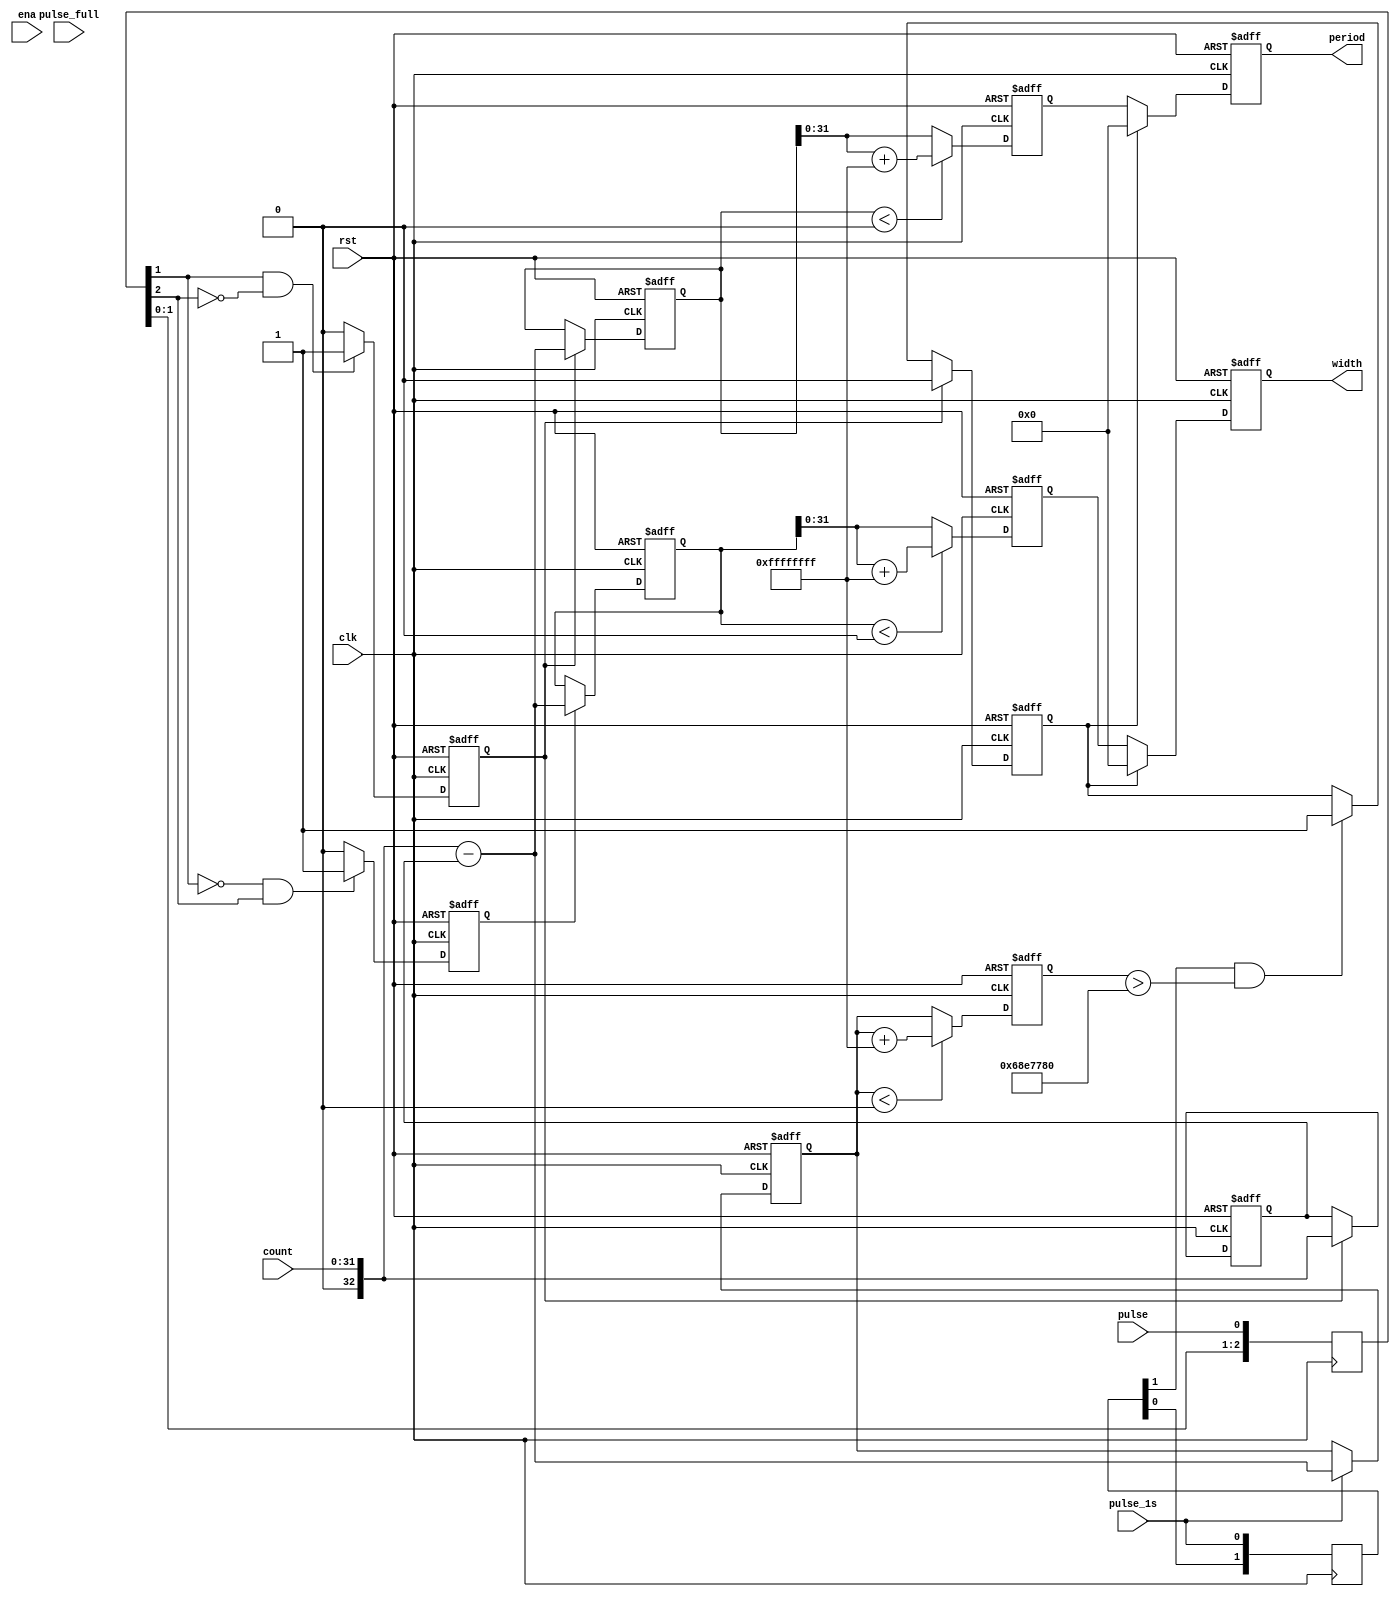
//--------------------------------------------------------------------------------------------------
//
// Title		: pulse_measure
// Design		: sig_acq
// Company		: xkf
// Description	: Measure the period and width of a pulse signal 
//
//-------------------------------------------------------------------------------------------------


module pulse_measure(
	clk,
	rst,
	ena,
	pulse_1s,
	
	pulse,
	
	count,
	pulse_full,
	
	period,
	width
	);
	
parameter SIZE_1S = 27'd110000000;
	
	
input clk;
input rst;
input ena;
input pulse_1s;

input pulse;

input [31:0] count;
input pulse_full;

output reg [31:0] period;
output reg [31:0] width;


reg [3:0] pulse_r;
reg edge_l2h;
reg edge_h2l;
reg signed [32:0] time_12h;
reg signed [32:0] period_e;
reg signed [32:0] width_e;
reg signed [32:0] period_p;
reg signed [32:0] width_p;
reg signed [32:0] to_e;
reg signed [32:0] to_p;
reg to;

reg [3:0] pulse_1s_r;


wire signed [32:0] count_s;

assign count_s = {1'b0, count};

always @(posedge clk)
	pulse_r <= {pulse_r[2:0], pulse};

always @(posedge clk or negedge rst)
	if (!rst)
		edge_l2h <= 1'b0;
	else if (pulse_r[1] && !pulse_r[2])
		edge_l2h <= 1'b1;
	else
		edge_l2h <= 1'b0;
		
always @(posedge clk or negedge rst)
	if (!rst)
		edge_h2l <= 1'b0;
	else if (!pulse_r[1] && pulse_r[2])
		edge_h2l <= 1'b1;
	else
		edge_h2l <= 1'b0;
		
always @(posedge clk or negedge rst)
	if (!rst)
		time_12h <= 33'd0;
	else if (edge_l2h)
		time_12h <= count_s;
		
always @(posedge clk or negedge rst)
	if (!rst)
		period_e <= 33'd0;
	else if (edge_l2h)
		period_e <= count_s - time_12h;

always @(posedge clk or negedge rst)
	if (!rst)
		width_e <= 33'd0;
	else if (edge_h2l)
		width_e <= count_s - time_12h;

always @(posedge clk or negedge rst)
	if (!rst)
		period_p <= 33'd0;
	else if (period_e<0)
		period_p <= period_e + 32'hFFFFFFFF;
	else
		period_p = period_e;
		
always @(posedge clk or negedge rst)
	if (!rst)
		width_p <= 33'd0;
	else if (width_e<0)
		width_p <= width_e + 32'hFFFFFFFF;
	else
		width_p = width_e;
		
always @(posedge clk or negedge rst)
	if (!rst)
		period <= 32'd0;
	else if (to)
		period <= 32'd0;
	else
		period = period_p[31:0];
		
always @(posedge clk or negedge rst)
	if (!rst)
		width <= 32'd0;
	else if (to)
		width <= 32'd0;
	else
		width = width_p[31:0];

always @(posedge clk)
	pulse_1s_r <= {pulse_1s_r[2:0], pulse_1s};

always @(posedge clk or negedge rst)
	if (!rst)
		to_e <= 33'd0;
	else if (pulse_1s)
		to_e <= count_s - time_12h;
		
always @(posedge clk or negedge rst)
	if (!rst)
		to_p <= 33'd0;
	else if (to_e<0)
		to_p <= to_e + 32'hFFFFFFFF;
	else
		to_p = to_e;
		
always @(posedge clk or negedge rst)
	if (!rst)
		to <= 1'b0;
	else if (edge_l2h)
		to <= 1'b0;
	else if (pulse_1s_r[1] && to_p>SIZE_1S)
		to <= 1'b1;



endmodule